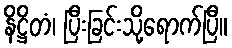
နိဋ္ဌိတံ၊ ပြီးခြင်းသို့ရောက်ပြီ။